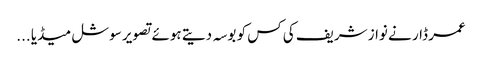
عمر ڈار نے نواز شریف کی کس کو بوسہ دیتے ہوئے تصویر سوشل میڈیا ...